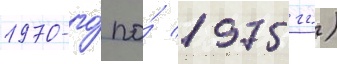
1970-го́ по́ 1975 гг.)